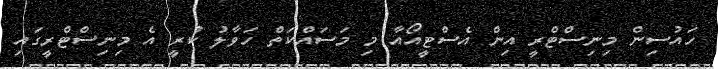
ހައުސިން މިނިސްޓްރީ އިން އެސްޓީއޯއާ މި މަސައްކަތް ހަވާލު ކުރީ އެ މިނިސްޓްރީގައި